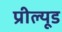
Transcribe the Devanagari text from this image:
प्रील्यूड